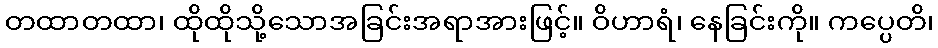
တထာတထာ၊ ထိုထိုသို့သောအခြင်းအရာအားဖြင့်။ ဝိဟာရံ၊ နေခြင်းကို။ ကပ္ပေတိ၊